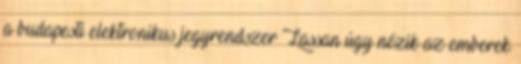
a budapesti elektronikus jegyrendszer Lassan úgy nézik az emberek